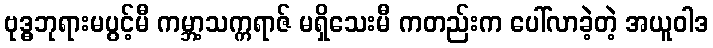
ဗုဒ္ဓဘုရားမပွင့်မီ ကမ္ဘာ့သက္ကရာဇ် မရှိသေးမီ ကတည်းက ပေါ်လာခဲ့တဲ့ အယူဝါဒ